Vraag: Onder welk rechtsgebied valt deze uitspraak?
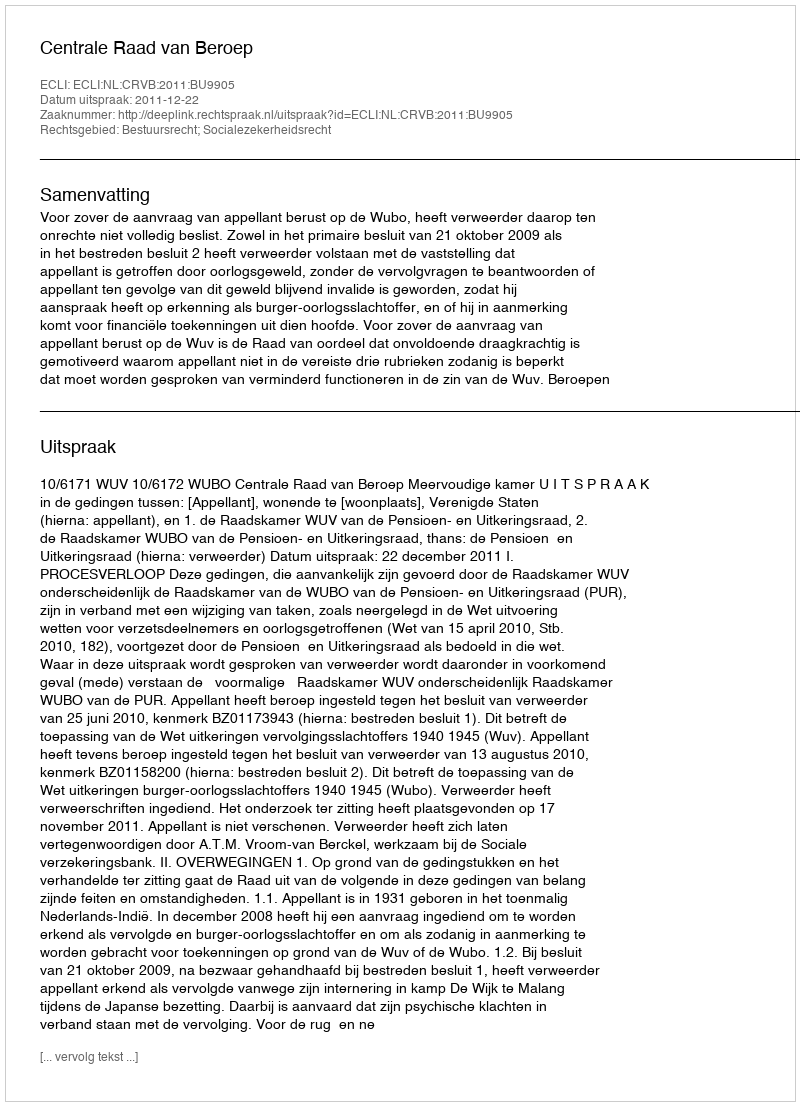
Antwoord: Bestuursrecht; Socialezekerheidsrecht